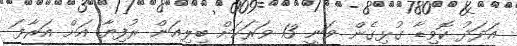
އަދަދު ކޮވިޑާ ގުޅިގެން ވަނީ 13 ވަރަކަށް ބިލިއަން ރުފިޔާ އަށް އަރާފަ